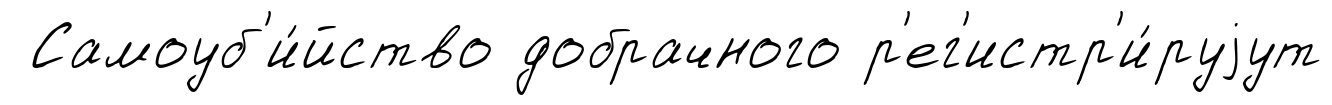
Самоуб'и́йство добрачного р'ег'истр'и́руjут